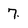
Character: 7